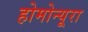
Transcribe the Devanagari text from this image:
होमोन्यूरा